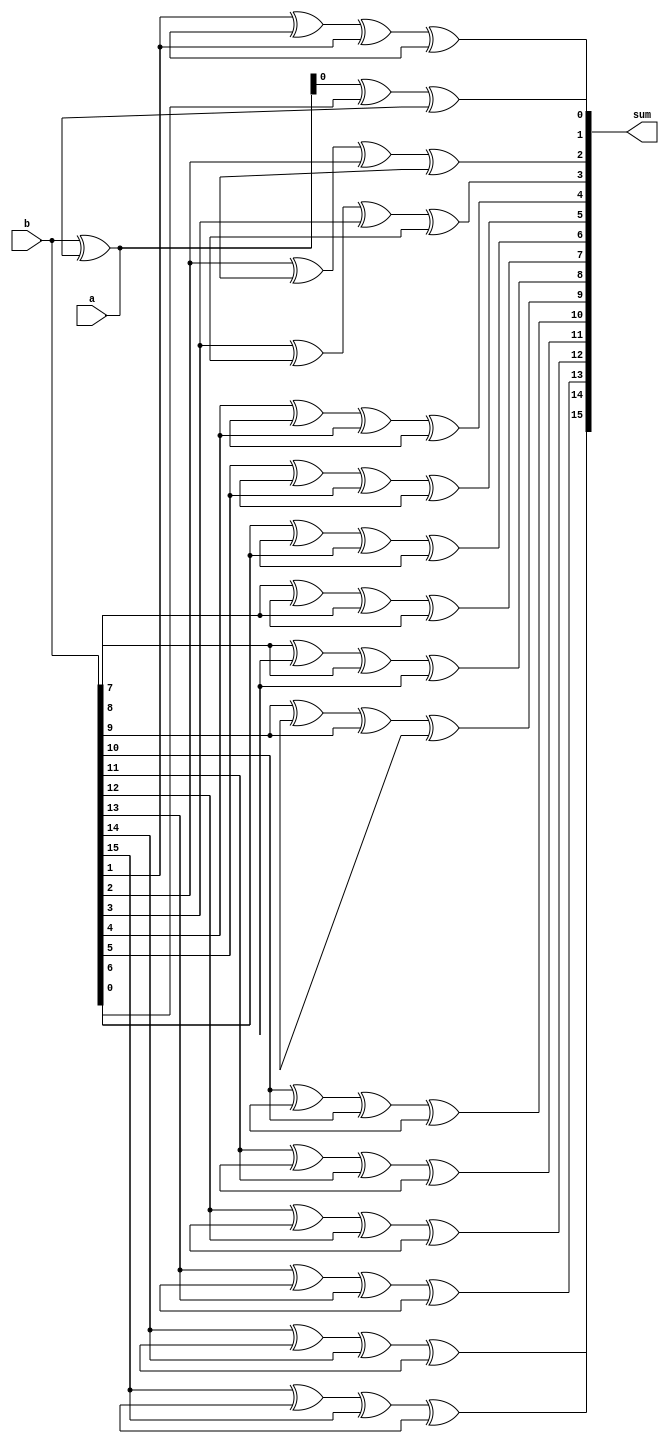
module manchester_carry_chain_adder (
    input [15:0] a,
    input [15:0] b,
    output [15:0] sum
);

wire [15:0] c;

xor #(16) xor_gate0(.a(a), .b(b), .c(c[0]));
generate
  genvar i;
  for (i = 1; i < 16; i = i + 1) begin: gen_xor
    xor #(16) xor_gate(.a(a[i]), .b(b[i]), .c(c[i]));
  end
endgenerate

assign sum[0] = a[0] ^ b[0] ^ c[0];
generate
  for (i = 1; i < 16; i = i + 1) begin: gen_sum
    assign sum[i] = a[i] ^ b[i] ^ c[i];
  end
endgenerate

endmodule